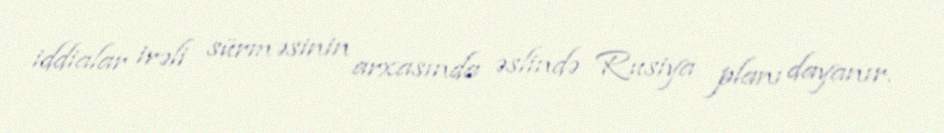
iddialar irəli sürməsinin arxasında əslində Rusiya planı dayanır.